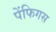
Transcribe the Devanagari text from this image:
पेंफिगस